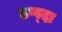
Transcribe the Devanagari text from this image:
ठण्दा